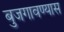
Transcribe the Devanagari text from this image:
बुजगावण्यास